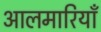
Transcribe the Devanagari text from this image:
आलमारियाँ